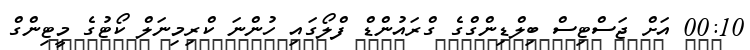
00:10 އަށް ޖަސްޓިސް ބިލްޑިންގްގެ ގްރައުންޑް ފްލޯގައި ހުންނަ ކްރިމިނަލް ކޯޓުގެ މީޓިންގް